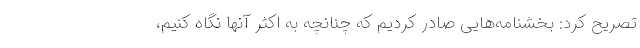
تصریح کرد: بخشنامه‌هایی صادر کردیم که چنانچه به اکثر آنها نگاه کنیم،